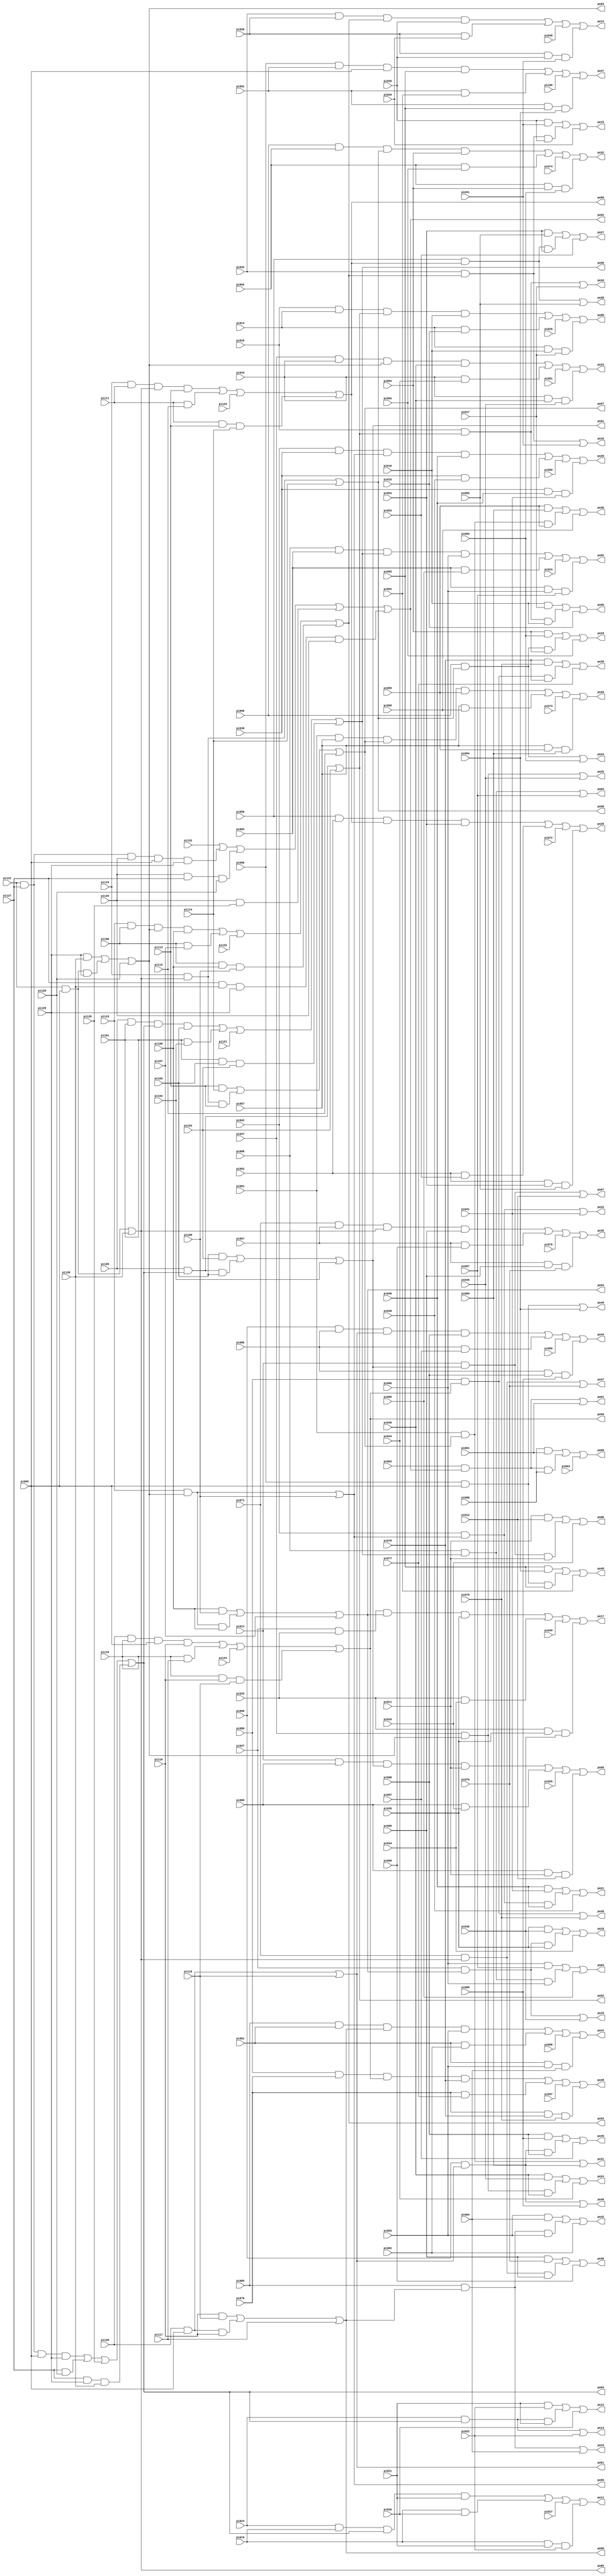
// Benchmark "i5" written by ABC on Thu Mar 19 13:02:36 2020

module i5 ( 
    pi000, pi001, pi002, pi003, pi004, pi005, pi006, pi007, pi008, pi009,
    pi010, pi011, pi012, pi013, pi014, pi015, pi016, pi017, pi018, pi019,
    pi020, pi021, pi022, pi023, pi024, pi025, pi026, pi027, pi028, pi029,
    pi030, pi031, pi032, pi033, pi034, pi035, pi036, pi037, pi038, pi039,
    pi040, pi041, pi042, pi043, pi044, pi045, pi046, pi047, pi048, pi049,
    pi050, pi051, pi052, pi053, pi054, pi055, pi056, pi057, pi058, pi059,
    pi060, pi061, pi062, pi063, pi064, pi065, pi066, pi067, pi068, pi069,
    pi070, pi071, pi072, pi073, pi074, pi075, pi076, pi077, pi078, pi079,
    pi080, pi081, pi082, pi083, pi084, pi085, pi086, pi087, pi088, pi089,
    pi090, pi091, pi092, pi093, pi094, pi095, pi096, pi097, pi098, pi099,
    pi100, pi101, pi102, pi103, pi104, pi105, pi106, pi107, pi108, pi109,
    pi110, pi111, pi112, pi113, pi114, pi115, pi116, pi117, pi118, pi119,
    pi120, pi121, pi122, pi123, pi124, pi125, pi126, pi127, pi128, pi129,
    pi130, pi131, pi132,
    po00, po01, po02, po03, po04, po05, po06, po07, po08, po09, po10, po11,
    po12, po13, po14, po15, po16, po17, po18, po19, po20, po21, po22, po23,
    po24, po25, po26, po27, po28, po29, po30, po31, po32, po33, po34, po35,
    po36, po37, po38, po39, po40, po41, po42, po43, po44, po45, po46, po47,
    po48, po49, po50, po51, po52, po53, po54, po55, po56, po57, po58, po59,
    po60, po61, po62, po63, po64, po65  );
  input  pi000, pi001, pi002, pi003, pi004, pi005, pi006, pi007, pi008,
    pi009, pi010, pi011, pi012, pi013, pi014, pi015, pi016, pi017, pi018,
    pi019, pi020, pi021, pi022, pi023, pi024, pi025, pi026, pi027, pi028,
    pi029, pi030, pi031, pi032, pi033, pi034, pi035, pi036, pi037, pi038,
    pi039, pi040, pi041, pi042, pi043, pi044, pi045, pi046, pi047, pi048,
    pi049, pi050, pi051, pi052, pi053, pi054, pi055, pi056, pi057, pi058,
    pi059, pi060, pi061, pi062, pi063, pi064, pi065, pi066, pi067, pi068,
    pi069, pi070, pi071, pi072, pi073, pi074, pi075, pi076, pi077, pi078,
    pi079, pi080, pi081, pi082, pi083, pi084, pi085, pi086, pi087, pi088,
    pi089, pi090, pi091, pi092, pi093, pi094, pi095, pi096, pi097, pi098,
    pi099, pi100, pi101, pi102, pi103, pi104, pi105, pi106, pi107, pi108,
    pi109, pi110, pi111, pi112, pi113, pi114, pi115, pi116, pi117, pi118,
    pi119, pi120, pi121, pi122, pi123, pi124, pi125, pi126, pi127, pi128,
    pi129, pi130, pi131, pi132;
  output po00, po01, po02, po03, po04, po05, po06, po07, po08, po09, po10,
    po11, po12, po13, po14, po15, po16, po17, po18, po19, po20, po21, po22,
    po23, po24, po25, po26, po27, po28, po29, po30, po31, po32, po33, po34,
    po35, po36, po37, po38, po39, po40, po41, po42, po43, po44, po45, po46,
    po47, po48, po49, po50, po51, po52, po53, po54, po55, po56, po57, po58,
    po59, po60, po61, po62, po63, po64, po65;
  wire new_n200_, new_n201_, new_n202_, new_n205_, new_n206_, new_n207_,
    new_n208_, new_n209_, new_n210_, new_n211_, new_n212_, new_n213_,
    new_n214_, new_n215_, new_n216_, new_n217_, new_n218_, new_n219_,
    new_n220_, new_n221_, new_n222_, new_n223_, new_n224_, new_n225_,
    new_n226_, new_n227_, new_n228_, new_n241_, new_n242_, new_n243_,
    new_n244_, new_n245_, new_n246_, new_n247_, new_n248_, new_n249_,
    new_n250_, new_n251_, new_n252_, new_n253_, new_n254_, new_n255_,
    new_n256_, new_n257_, new_n258_, new_n259_, new_n260_, new_n261_,
    new_n262_, new_n263_, new_n264_, new_n277_, new_n278_, new_n279_,
    new_n280_, new_n281_, new_n282_, new_n283_, new_n284_, new_n285_,
    new_n286_, new_n287_, new_n288_, new_n289_, new_n290_, new_n291_,
    new_n292_, new_n293_, new_n294_, new_n295_, new_n296_, new_n297_,
    new_n298_, new_n299_, new_n300_, new_n313_, new_n314_, new_n315_,
    new_n316_, new_n317_, new_n318_, new_n319_, new_n320_, new_n321_,
    new_n322_, new_n323_, new_n324_, new_n325_, new_n326_, new_n327_,
    new_n328_, new_n329_, new_n330_, new_n331_, new_n332_, new_n333_,
    new_n334_, new_n335_, new_n336_, new_n349_, new_n350_, new_n351_,
    new_n352_, new_n353_, new_n354_, new_n355_, new_n356_, new_n357_,
    new_n358_, new_n359_, new_n360_, new_n361_, new_n362_, new_n363_,
    new_n364_, new_n365_, new_n366_, new_n367_, new_n368_, new_n369_,
    new_n370_, new_n371_, new_n372_, new_n385_, new_n386_, new_n387_,
    new_n388_, new_n389_, new_n390_, new_n391_, new_n392_, new_n393_,
    new_n394_;
  assign new_n200_ = pi000 & pi001;
  assign new_n201_ = pi002 & po62 & pi000;
  assign new_n202_ = po62 & pi002;
  assign po00 = new_n200_ | new_n201_ | pi003;
  assign po01 = new_n202_ | pi001;
  assign new_n205_ = pi004 & pi005;
  assign new_n206_ = pi004 & pi006 & pi007;
  assign new_n207_ = pi008 & pi004 & po50 & pi006;
  assign new_n208_ = pi006 & pi007;
  assign new_n209_ = pi008 & po50 & pi006;
  assign new_n210_ = po50 & pi008;
  assign new_n211_ = pi009 & pi010;
  assign new_n212_ = pi009 & pi011 & pi012;
  assign new_n213_ = pi013 & pi009 & po51 & pi011;
  assign new_n214_ = pi011 & pi012;
  assign new_n215_ = pi013 & po51 & pi011;
  assign new_n216_ = po51 & pi013;
  assign new_n217_ = pi014 & pi015;
  assign new_n218_ = pi014 & pi016 & pi017;
  assign new_n219_ = pi018 & pi014 & po52 & pi016;
  assign new_n220_ = pi016 & pi017;
  assign new_n221_ = pi018 & po52 & pi016;
  assign new_n222_ = po52 & pi018;
  assign new_n223_ = pi019 & pi020;
  assign new_n224_ = pi019 & pi021 & pi022;
  assign new_n225_ = pi023 & pi019 & po63 & pi021;
  assign new_n226_ = pi021 & pi022;
  assign new_n227_ = pi023 & po63 & pi021;
  assign new_n228_ = po63 & pi023;
  assign po02 = new_n207_ | new_n205_ | pi024 | new_n206_;
  assign po03 = new_n208_ | new_n209_ | pi005;
  assign po04 = new_n210_ | pi007;
  assign po05 = new_n213_ | new_n211_ | pi025 | new_n212_;
  assign po06 = new_n214_ | new_n215_ | pi010;
  assign po07 = new_n216_ | pi012;
  assign po08 = new_n219_ | new_n217_ | pi026 | new_n218_;
  assign po09 = new_n220_ | new_n221_ | pi015;
  assign po10 = new_n222_ | pi017;
  assign po11 = new_n225_ | new_n223_ | pi027 | new_n224_;
  assign po12 = new_n226_ | new_n227_ | pi020;
  assign po13 = new_n228_ | pi022;
  assign new_n241_ = pi028 & pi029;
  assign new_n242_ = pi028 & pi030 & pi031;
  assign new_n243_ = pi032 & pi028 & po53 & pi030;
  assign new_n244_ = pi030 & pi031;
  assign new_n245_ = pi032 & po53 & pi030;
  assign new_n246_ = po53 & pi032;
  assign new_n247_ = pi033 & pi034;
  assign new_n248_ = pi033 & pi035 & pi036;
  assign new_n249_ = pi037 & pi033 & po54 & pi035;
  assign new_n250_ = pi035 & pi036;
  assign new_n251_ = pi037 & po54 & pi035;
  assign new_n252_ = po54 & pi037;
  assign new_n253_ = pi038 & pi039;
  assign new_n254_ = pi038 & pi040 & pi041;
  assign new_n255_ = pi042 & pi038 & po55 & pi040;
  assign new_n256_ = pi040 & pi041;
  assign new_n257_ = pi042 & po55 & pi040;
  assign new_n258_ = po55 & pi042;
  assign new_n259_ = pi043 & pi044;
  assign new_n260_ = pi043 & pi045 & pi046;
  assign new_n261_ = pi047 & pi043 & po64 & pi045;
  assign new_n262_ = pi045 & pi046;
  assign new_n263_ = pi047 & po64 & pi045;
  assign new_n264_ = po64 & pi047;
  assign po14 = new_n243_ | new_n241_ | pi048 | new_n242_;
  assign po15 = new_n244_ | new_n245_ | pi029;
  assign po16 = new_n246_ | pi031;
  assign po17 = new_n249_ | new_n247_ | pi049 | new_n248_;
  assign po18 = new_n250_ | new_n251_ | pi034;
  assign po19 = new_n252_ | pi036;
  assign po20 = new_n255_ | new_n253_ | pi050 | new_n254_;
  assign po21 = new_n256_ | new_n257_ | pi039;
  assign po22 = new_n258_ | pi041;
  assign po23 = new_n261_ | new_n259_ | pi051 | new_n260_;
  assign po24 = new_n262_ | new_n263_ | pi044;
  assign po25 = new_n264_ | pi046;
  assign new_n277_ = pi052 & pi053;
  assign new_n278_ = pi052 & pi054 & pi055;
  assign new_n279_ = pi056 & pi052 & po56 & pi054;
  assign new_n280_ = pi054 & pi055;
  assign new_n281_ = pi056 & po56 & pi054;
  assign new_n282_ = po56 & pi056;
  assign new_n283_ = pi057 & pi058;
  assign new_n284_ = pi057 & pi059 & pi060;
  assign new_n285_ = pi061 & pi057 & po57 & pi059;
  assign new_n286_ = pi059 & pi060;
  assign new_n287_ = pi061 & po57 & pi059;
  assign new_n288_ = po57 & pi061;
  assign new_n289_ = pi062 & pi063;
  assign new_n290_ = pi062 & pi064 & pi065;
  assign new_n291_ = pi066 & pi062 & po58 & pi064;
  assign new_n292_ = pi064 & pi065;
  assign new_n293_ = pi066 & po58 & pi064;
  assign new_n294_ = po58 & pi066;
  assign new_n295_ = pi067 & pi068;
  assign new_n296_ = pi067 & pi069 & pi070;
  assign new_n297_ = pi071 & pi067 & po65 & pi069;
  assign new_n298_ = pi069 & pi070;
  assign new_n299_ = pi071 & po65 & pi069;
  assign new_n300_ = po65 & pi071;
  assign po26 = new_n279_ | new_n277_ | pi072 | new_n278_;
  assign po27 = new_n280_ | new_n281_ | pi053;
  assign po28 = new_n282_ | pi055;
  assign po29 = new_n285_ | new_n283_ | pi073 | new_n284_;
  assign po30 = new_n286_ | new_n287_ | pi058;
  assign po31 = new_n288_ | pi060;
  assign po32 = new_n291_ | new_n289_ | pi074 | new_n290_;
  assign po33 = new_n292_ | new_n293_ | pi063;
  assign po34 = new_n294_ | pi065;
  assign po35 = new_n297_ | new_n295_ | pi075 | new_n296_;
  assign po36 = new_n298_ | new_n299_ | pi068;
  assign po37 = new_n300_ | pi070;
  assign new_n313_ = pi076 & pi077;
  assign new_n314_ = pi076 & pi078 & pi079;
  assign new_n315_ = pi080 & pi076 & po59 & pi078;
  assign new_n316_ = pi078 & pi079;
  assign new_n317_ = pi080 & po59 & pi078;
  assign new_n318_ = po59 & pi080;
  assign new_n319_ = pi081 & pi082;
  assign new_n320_ = pi081 & pi083 & pi084;
  assign new_n321_ = pi085 & pi081 & po60 & pi083;
  assign new_n322_ = pi083 & pi084;
  assign new_n323_ = pi085 & po60 & pi083;
  assign new_n324_ = po60 & pi085;
  assign new_n325_ = pi086 & pi087;
  assign new_n326_ = pi086 & pi088 & pi089;
  assign new_n327_ = pi090 & pi086 & po61 & pi088;
  assign new_n328_ = pi088 & pi089;
  assign new_n329_ = pi090 & po61 & pi088;
  assign new_n330_ = po61 & pi090;
  assign new_n331_ = pi091 & pi092;
  assign new_n332_ = pi091 & pi093 & pi094;
  assign new_n333_ = pi096 & pi091 & pi095 & pi093;
  assign new_n334_ = pi093 & pi094;
  assign new_n335_ = pi096 & pi095 & pi093;
  assign new_n336_ = pi095 & pi096;
  assign po38 = new_n315_ | new_n313_ | pi097 | new_n314_;
  assign po39 = new_n316_ | new_n317_ | pi077;
  assign po40 = new_n318_ | pi079;
  assign po41 = new_n321_ | new_n319_ | pi098 | new_n320_;
  assign po42 = new_n322_ | new_n323_ | pi082;
  assign po43 = new_n324_ | pi084;
  assign po44 = new_n327_ | new_n325_ | pi099 | new_n326_;
  assign po45 = new_n328_ | new_n329_ | pi087;
  assign po46 = new_n330_ | pi089;
  assign po47 = new_n333_ | new_n331_ | pi100 | new_n332_;
  assign po48 = new_n334_ | new_n335_ | pi092;
  assign po49 = new_n336_ | pi094;
  assign new_n349_ = pi101 & pi102;
  assign new_n350_ = pi101 & pi103 & pi104;
  assign new_n351_ = pi105 & pi101 & po63 & pi103;
  assign new_n352_ = pi103 & pi104;
  assign new_n353_ = pi105 & po63 & pi103;
  assign new_n354_ = po63 & pi105;
  assign new_n355_ = pi106 & pi107;
  assign new_n356_ = pi106 & pi108 & pi109;
  assign new_n357_ = pi110 & pi106 & po64 & pi108;
  assign new_n358_ = pi108 & pi109;
  assign new_n359_ = pi110 & po64 & pi108;
  assign new_n360_ = po64 & pi110;
  assign new_n361_ = pi111 & pi112;
  assign new_n362_ = pi111 & pi113 & pi114;
  assign new_n363_ = pi115 & pi111 & po65 & pi113;
  assign new_n364_ = pi113 & pi114;
  assign new_n365_ = pi115 & po65 & pi113;
  assign new_n366_ = po65 & pi115;
  assign new_n367_ = pi116 & pi117;
  assign new_n368_ = pi116 & pi118 & pi119;
  assign new_n369_ = pi120 & pi116 & pi095 & pi118;
  assign new_n370_ = pi118 & pi119;
  assign new_n371_ = pi120 & pi095 & pi118;
  assign new_n372_ = pi095 & pi120;
  assign po50 = new_n351_ | new_n349_ | pi121 | new_n350_;
  assign po51 = new_n352_ | new_n353_ | pi102;
  assign po52 = new_n354_ | pi104;
  assign po53 = new_n357_ | new_n355_ | pi122 | new_n356_;
  assign po54 = new_n358_ | new_n359_ | pi107;
  assign po55 = new_n360_ | pi109;
  assign po56 = new_n363_ | new_n361_ | pi123 | new_n362_;
  assign po57 = new_n364_ | new_n365_ | pi112;
  assign po58 = new_n366_ | pi114;
  assign po59 = new_n369_ | new_n367_ | pi124 | new_n368_;
  assign po60 = new_n370_ | new_n371_ | pi117;
  assign po61 = new_n372_ | pi119;
  assign new_n385_ = pi125 & pi126;
  assign new_n386_ = pi125 & pi127 & pi128;
  assign new_n387_ = pi127 & pi130 & pi129 & pi125;
  assign new_n388_ = pi131 & pi127 & pi125 & pi095 & pi129;
  assign new_n389_ = pi127 & pi128;
  assign new_n390_ = pi127 & pi129 & pi130;
  assign new_n391_ = pi131 & pi127 & pi095 & pi129;
  assign new_n392_ = pi129 & pi130;
  assign new_n393_ = pi131 & pi095 & pi129;
  assign new_n394_ = pi095 & pi131;
  assign po62 = pi132 | new_n388_ | new_n386_ | new_n385_ | new_n387_;
  assign po63 = new_n391_ | new_n389_ | pi126 | new_n390_;
  assign po64 = new_n392_ | new_n393_ | pi128;
  assign po65 = new_n394_ | pi130;
endmodule